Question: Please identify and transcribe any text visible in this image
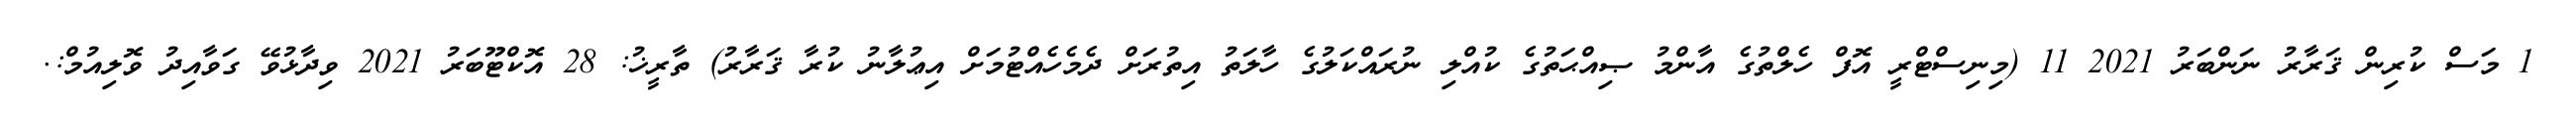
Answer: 1 މަސް ކުރިން ޤަރާރު ނަންބަރު 2021 11 (މިނިސްޓްރީ އޮފް ހެލްތުގެ އާންމު ޞިއްޙަތުގެ ކުއްލި ނުރައްކަލުގެ ހާލަތު އިތުރަށް ދެމެހެއްޓުމަށް އިޢުލާނު ކުރާ ޤަރާރު) ތާރީޚު: 28 އޮކްޓޫބަރު 2021 ވިދާޅުވޭ ގަވާއިދު ވޮލިއުމް:.